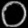
Digit: ၀